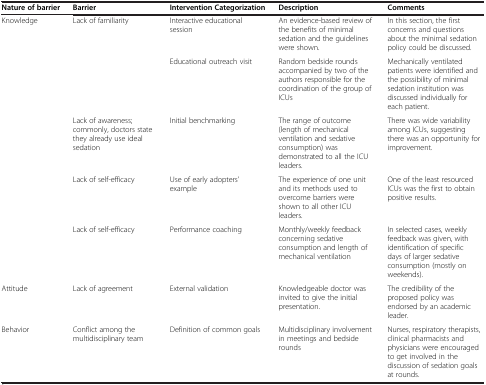
<table><thead><tr><td><b>Nature of barrier</b></td><td><b>Barrier</b></td><td><b>Intervention Categorization</b></td><td><b>Description</b></td><td><b>Comments</b></td></tr></thead><tbody><tr><td rowspan="5">Knowledge</td><td rowspan="2">Lack of familiarity</td><td>Interactive educational session</td><td>An evidence-based review of the benefits of minimal sedation and the guidelines were shown.</td><td>In this section, the first concerns and questions about the minimal sedation policy could be discussed.</td></tr><tr><td>Educational outreach visit</td><td>Random bedside rounds accompanied by two of the authors responsible for the coordination of the group of ICUs</td><td>Mechanically ventilated patients were identified and the possibility of minimal sedation institution was discussed individually for each patient.</td></tr><tr><td>Lack of awareness; commonly, doctors state they already use ideal sedation</td><td>Initial benchmarking</td><td>The range of outcome (length of mechanical ventilation and sedative consumption) was demonstrated to all the ICU leaders.</td><td>There was wide variability among ICUs, suggesting there was an opportunity for improvement.</td></tr><tr><td>Lack of self-efficacy</td><td>Use of early adopters’ example</td><td>The experience of one unit and its methods used to overcome barriers were shown to all other ICU leaders.</td><td>One of the least resourced ICUs was the first to obtain positive results.</td></tr><tr><td>Lack of self-efficacy</td><td>Performance coaching</td><td>Monthly/weekly feedback concerning sedative consumption and length of mechanical ventilation</td><td>In selected cases, weekly feedback was given, with identification of specific days of larger sedative consumption (mostly on weekends).</td></tr><tr><td>Attitude</td><td>Lack of agreement</td><td>External validation</td><td>Knowledgeable doctor was invited to give the initial presentation.</td><td>The credibility of the proposed policy was endorsed by an academic leader.</td></tr><tr><td>Behavior</td><td>Conflict among the multidisciplinary team</td><td>Definition of common goals</td><td>Multidisciplinary involvement in meetings and bedside rounds</td><td>Nurses, respiratory therapists, clinical pharmacists and physicians were encouraged to get involved in the discussion of sedation goals at rounds.</td></tr></tbody></table>